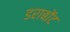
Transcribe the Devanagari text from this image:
डराबोंट